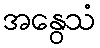
အနွေသံ